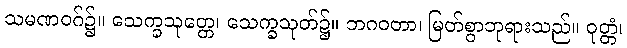
သမဏဝဂ်၌။ သေက္ခသုတ္တေ၊ သေက္ခသုတ်၌။ ဘဂဝတာ၊ မြတ်စွာဘုရားသည်။ ဝုတ္တံ၊